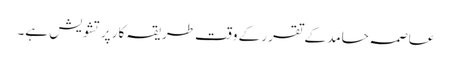
عاصمہ حامد کے تقرر کے وقت طریقہ کار پرتشویش ہے۔